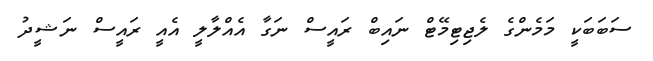
ސަބަބަކީ މަމެންގެ ލެޖިޓިމޭޓް ނައިބް ރައީސް ނަގާ އެއްލާލީ އެއީ ރައީސް ނަޝީދު